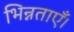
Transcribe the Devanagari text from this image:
भिन्नताएँ।